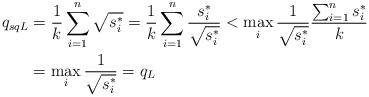
LaTeX: \begin{align*}q_{sqL}&=\frac{1}{k}\sum_{i=1}^n\sqrt{s_i^*} = \frac{1}{k}\sum_{i=1}^n\frac{s_i^*}{\sqrt{s_i^*}}< \max_i \frac{1}{\sqrt{s_i^*}}\frac{\sum_{i=1}^ns_i^*}{k}\\&=\max_i \frac{1}{\sqrt{s_i^*}} = q_{L}\end{align*}